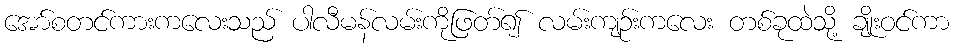
အော်စတင်ကားကလေးသည် ပါလီမန်လမ်းကိုဖြတ်၍ လမ်းကျဉ်းကလေး တစ်ခုထဲသို့ ချိုးဝင်ကာ